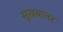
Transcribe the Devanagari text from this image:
सूखबातर